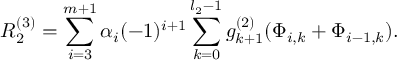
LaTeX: R _ { 2 } ^ { \left( 3 \right) } = \sum _ { i = 3 } ^ { m + 1 } \alpha _ { i } ( - 1 ) ^ { i + 1 } \sum _ { k = 0 } ^ { l _ { 2 } - 1 } g _ { k + 1 } ^ { \left( 2 \right) } ( \Phi _ { i , k } + \Phi _ { i - 1 , k } ) .